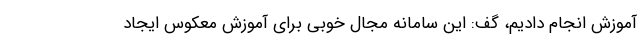
آموزش انجام دادیم، گف: این سامانه مجال خوبی برای آموزش معکوس ایجاد